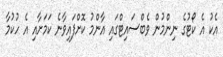
އެކު އެ ކޯޓުގެ ނިންމުން ވެބްސައިޓްގައި އާންމު ކޮށްފައިވާނެ ކަމަށާއި އެ ހުކުމާ